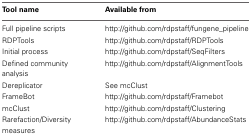
| Tool name | Available from |
 | --- | --- |
 | Full pipeline scripts | http://github.com/rdpstaff/fungene_pipeline |
 | RDPTools | http://github.com/rdpstaff/RDPTools |
 | Initial process | http://github.com/rdpstaff/SeqFilters |
 | Defined community analysis | http://github.com/rdpstaff/AlignmentTools |
 | Dereplicator | See mcClust |
 | FrameBot | http://github.com/rdpstaff/Framebot |
 | mcClust | http://github.com/rdpstaff/Clustering |
 | Rarefaction/Diversity measures | http://github.com/rdpstaff/AbundanceStats |